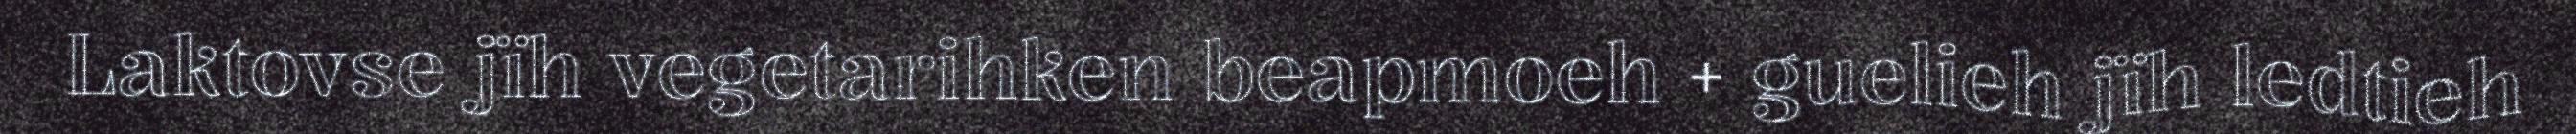
Laktovse jïh vegetarihken beapmoeh + guelieh jïh ledtieh